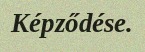
Képződése.